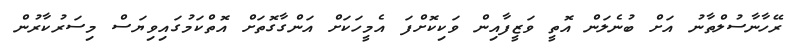
ރޭހާނާސުލްތާނު އަށް ބުނެލަން އޮތީ ވަޒީފާއިން ވަކިކޮށްފަ އެމީހަކަށް އަންގާގޮތަށް އޮތްކަމުގައިވިޔަސް މިސަރުކާރުން